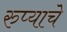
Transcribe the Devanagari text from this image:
रुप्याचे